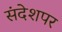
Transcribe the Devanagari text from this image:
संदेशपर